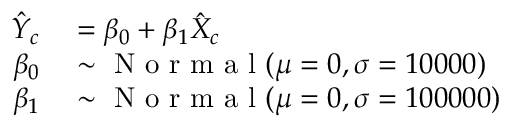
\begin{array} { r l } { \hat { Y } _ { c } } & { { } = \beta _ { 0 } + \beta _ { 1 } \hat { X } _ { c } } \\ { \beta _ { 0 } } & { { } \sim \mathrm { ~ N ~ o ~ r ~ m ~ a ~ l ~ } ( \mu = 0 , \sigma = 1 0 0 0 0 ) } \\ { \beta _ { 1 } } & { { } \sim \mathrm { ~ N ~ o ~ r ~ m ~ a ~ l ~ } ( \mu = 0 , \sigma = 1 0 0 0 0 0 ) } \end{array}